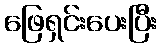
ဖြေရှင်းပေးပြီး